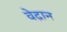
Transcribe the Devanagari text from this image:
वेद्रान